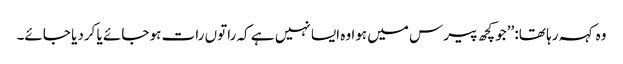
وہ کہہ رہا تھا: ’’جو کچھ پیرس میں ہوا وہ ایسا نہیں ہے کہ راتوں رات ہو جائے یا کردیا جائے۔